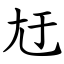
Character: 㝼